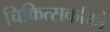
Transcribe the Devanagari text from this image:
चिकित्सकोंको